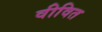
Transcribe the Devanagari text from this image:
वीवित